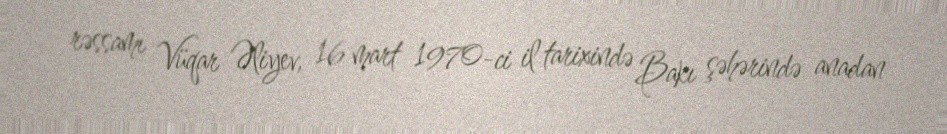
rəssamı Vüqar Əliyev, 16 mart 1970-ci il tarixində Bakı şəhərində anadan